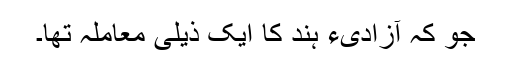
جو کہ آزادیء ہند کا ایک ذیلی معاملہ تھا۔